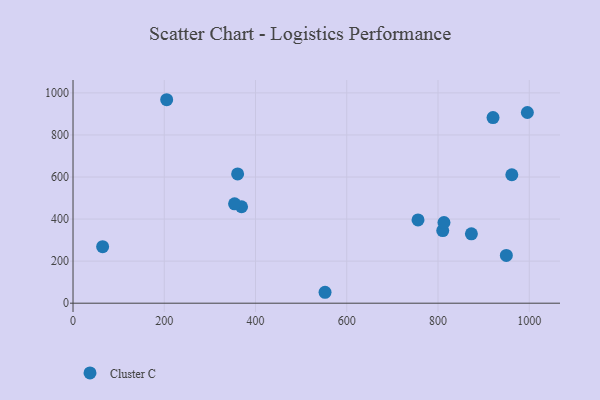
{"axis": {"x": "Investment", "y": "Fuel Efficiency"}, "legend": ["Cluster C"], "data": [{"x": "810.4", "y": 345.4, "type": "Cluster C"}, {"x": "64.9", "y": 268.6, "type": "Cluster C"}, {"x": "205.3", "y": 967.6, "type": "Cluster C"}, {"x": "920.6", "y": 882.9, "type": "Cluster C"}, {"x": "873.2", "y": 329.9, "type": "Cluster C"}, {"x": "756.2", "y": 395.8, "type": "Cluster C"}, {"x": "813.1", "y": 383.7, "type": "Cluster C"}, {"x": "552.4", "y": 51.9, "type": "Cluster C"}, {"x": "949.8", "y": 227.2, "type": "Cluster C"}, {"x": "369.4", "y": 458.7, "type": "Cluster C"}, {"x": "360.8", "y": 614.8, "type": "Cluster C"}, {"x": "995.9", "y": 906.8, "type": "Cluster C"}, {"x": "354.1", "y": 472.3, "type": "Cluster C"}, {"x": "961.8", "y": 610.9, "type": "Cluster C"}]}